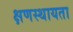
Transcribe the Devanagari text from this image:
क्षणस्थायता